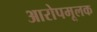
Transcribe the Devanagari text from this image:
आरोपमूलक